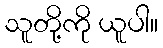
သူတို့ကို ယူပါ။